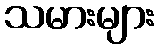
သမားများ